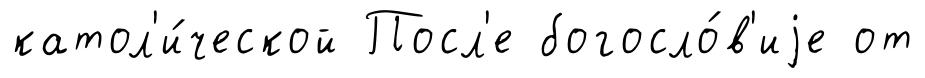
катол'и́ческой Посл'е богосло́в'иjе от